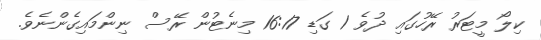
ކިލޯ މީޓަރު ރޭހުގައި ދުވެ 1 ގަޑި 16:17 މިނެޓުން ރޭސް ނިންމައިގެންނެވެ.